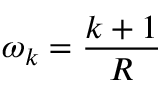
\omega _ { k } = \frac { k + 1 } { R }